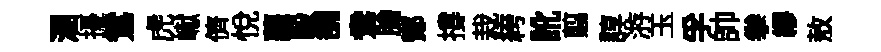
溷擾鴛虎𪩘儕悅蘿毆舖鴦膾鄼撐栽絝訛翦諄㳺玉孚帥拳繆敖